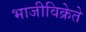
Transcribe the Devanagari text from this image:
भाजीविक्रेते